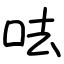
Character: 呿